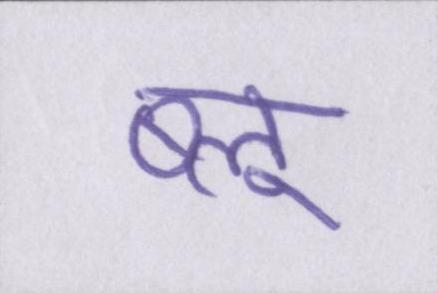
ब्लू